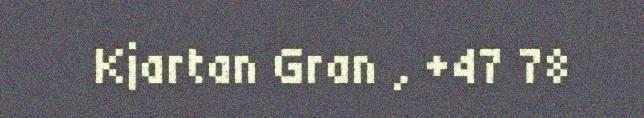
Kjartan Gran , +47 78